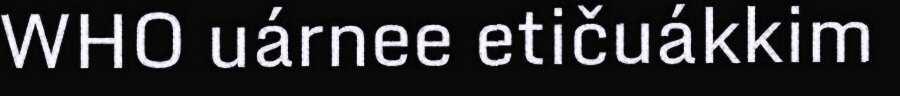
WHO uárnee etičuákkim